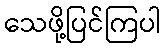
သေဖို့ပြင်ကြပါ